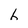
Character: h